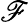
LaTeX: \mathnormal{\mathscr{F}}